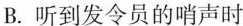
B.听到发令员的哨声时